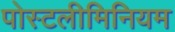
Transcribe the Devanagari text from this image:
पोस्टलीमिनियम